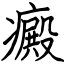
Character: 癜